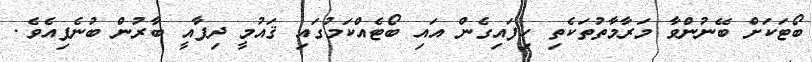
ބޯޓަކަށް ބޭނުންވާ މަރާމާތުތަކެތި ހިފައިގެން އައި ބޯޓެއްކަމުގައި ޤައުމީ ދިފާއީ ބާރުން ބުނެފިއެވެ.